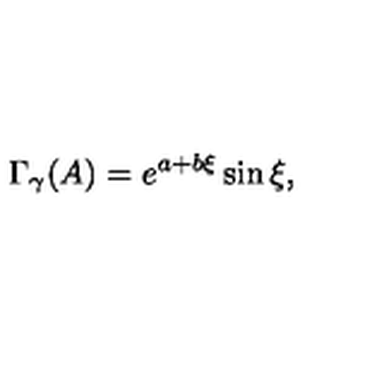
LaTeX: \Gamma _ { \gamma } ( A ) = e ^ { a + b \xi } \sin \xi ,